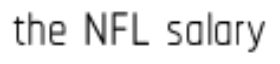
the NFL salary